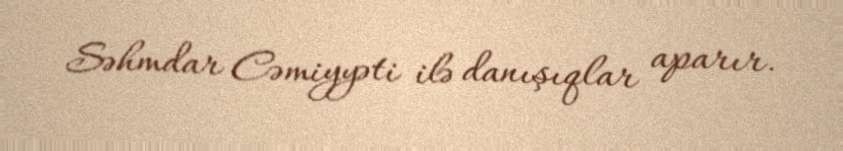
Səhmdar Cəmiyyəti ilə danışıqlar aparır.